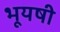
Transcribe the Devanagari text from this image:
भूयषी